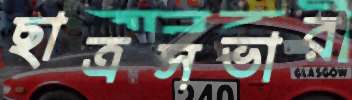
ছাত্রসভার